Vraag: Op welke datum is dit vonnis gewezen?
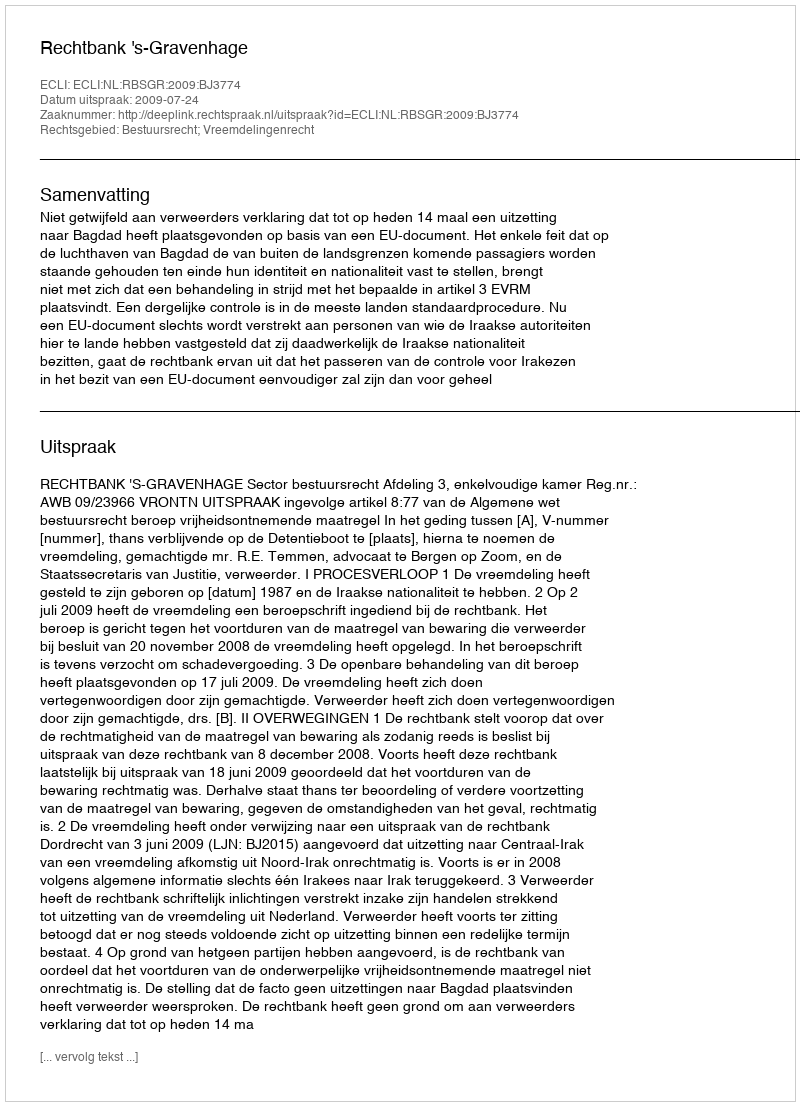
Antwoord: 2009-07-24